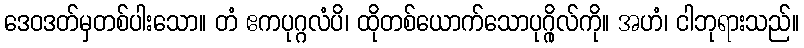
ဒေဝဒတ်မှတစ်ပါးသော။ တံ ဧကပုဂ္ဂလံပိ၊ ထိုတစ်ယောက်သောပုဂ္ဂိုလ်ကို။ အဟံ၊ ငါဘုရားသည်။